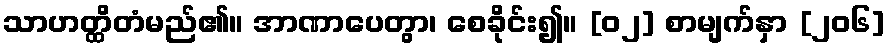
သာဟတ္ထိတံမည်၏။ အာဏာပေတွာ၊ စေခိုင်း၍။ [၀၂] စာမျက်နှာ [၂၀၆]